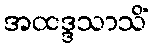
အထဒ္ဒသာသိံ